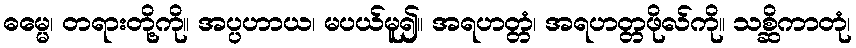
ဓမ္မေ၊ တရားတို့ကို။ အပ္ပဟာယ၊ မပယ်မူ၍။ အရဟတ္တံ၊ အရဟတ္တဖိုလ်ကို။ သစ္ဆိကာတုံ၊